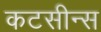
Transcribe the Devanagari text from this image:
कटसीन्स